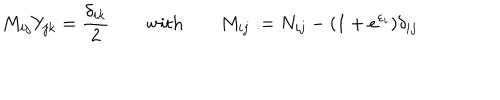
LaTeX: M _ { i j } Y _ { j k } = \frac { \delta _ { i k } } { 2 } \quad \quad \mathrm { w i t h } \qquad M _ { i j } : = N _ { i j } - ( 1 + e ^ { \varepsilon _ { i } } ) \delta _ { i j }